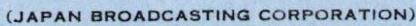
(JAPAN BROADCASTING CORPORATION)